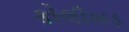
કોલીખડ